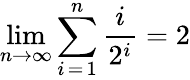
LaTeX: \operatorname*{lim}_{n\to\infty}\sum_{i\mathop{=}1}^{n}{\frac{i}{2^{i}}}=2